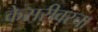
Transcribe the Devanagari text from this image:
केसरीवरचा